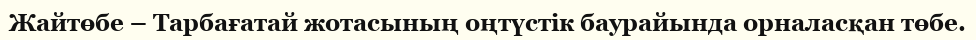
Жайтөбе – Тарбағатай жотасының оңтүстік баурайында орналасқан төбе.